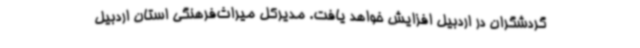
گردشگران در اردبیل افزایش خواهد یافت. مدیرکل میراث‌فرهنگی استان اردبیل